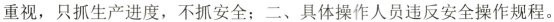
重视，只抓生产进度，不抓安全；二、具体操作人员违反安全操作规程。